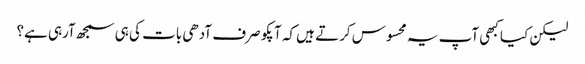
لیکن کیا کبھی آپ یہ محسوس کرتے ہیں کہ آپکو صرف آدھی بات کی ہی سمجھ آرہی ہے؟